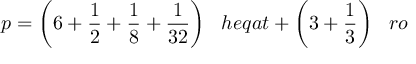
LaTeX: p = { \bigg ( } 6 + { \frac { 1 } { 2 } } + { \frac { 1 } { 8 } } + { \frac { 1 } { 3 2 } } { \bigg ) } \; \; \; h e q a t + { \bigg ( } 3 + { \frac { 1 } { 3 } } { \bigg ) } \; \; \; r o